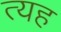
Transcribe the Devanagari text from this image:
त्यह